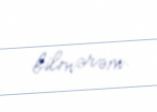
bilmərəm.